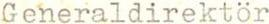
Generaldirektör